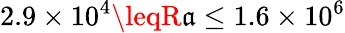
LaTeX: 2.9\times10^{4}\leqR\mathfrak{a}\leq1.6\times10^{6}